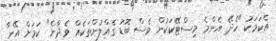
އެކަމަކު "ހެދޭ އެންމެ މިސްޓޭކަކުން ވެސް ބޮޑު ގެއްލުންތަކެއް ވެދާނެ" ކަމަށް އޭނާ